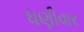
ધણીવાર